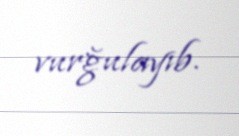
vurğulayıb.